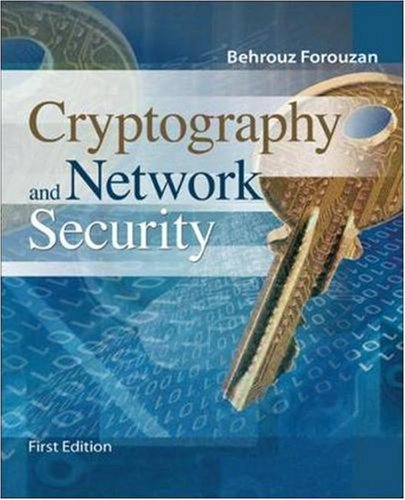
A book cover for Cryptography & Network Security (McGraw-Hill Forouzan Networking); Behrouz A. Forouzan; Computers & Technology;